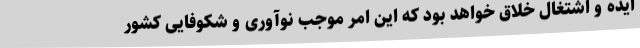
ایده و اشتغال خلاق خواهد بود که این امر موجب نوآوری و شکوفایی کشور